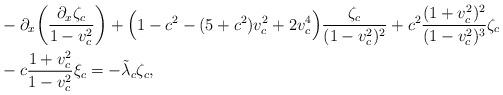
LaTeX: \begin{align*}&-\partial_x \bigg( \frac{\partial_x \zeta_c}{1 - v_c^2} \bigg) + \Big( 1 - c^2 - (5 + c^2) v_c^2 + 2 v_c^4 \Big) \frac{\zeta_c}{(1 - v_c^2)^2} + c^2 \frac{(1 + v_c^2)^2}{(1 - v_c^2)^3} \zeta_c\\& - c \frac{1 + v_c^2}{1 - v_c^2} \xi_c = -\tilde{\lambda}_c \zeta_c, \end{align*}